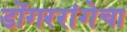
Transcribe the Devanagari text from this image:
डोंगररांगेचा